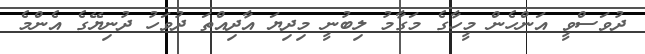
ދުވަސްވީ އަންހެން މީހާގެ މަގާމު ލިބުނީ މިދިޔަ އާދިއްތަ ދުވަހު ދުނިޔޭގެ އެންމެ